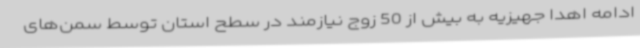
ادامه اهدا جهیزیه به بیش از 50 زوج نیازمند در سطح استان توسط سمن‌های